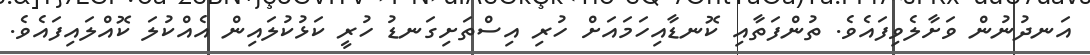
އަނދުނުން ވަށާލެވިފައެވެ. ތުންފަތާއި ކޮނޑާއިހަމައަށް ހުރި އިސްތަށިގަނޑު ހުރީ ކަޅުކުލައިން އެއްކުލަ ކޮއްލައިފައެވެ.